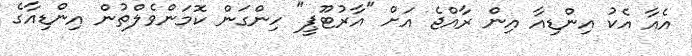
އެއާ އެކު އިންޑިއާ އިން ރާއްޖެ އަށް "އާރުޓޫޕީ" ހިންގަން ކޮމަންވެލްތުން އިންޑިއާގެ